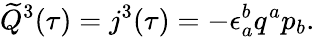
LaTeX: \widetilde Q^{3}(\tau)=j^{3}(\tau)=-\epsilon_{a}^{b}q^{a}p_{b}.